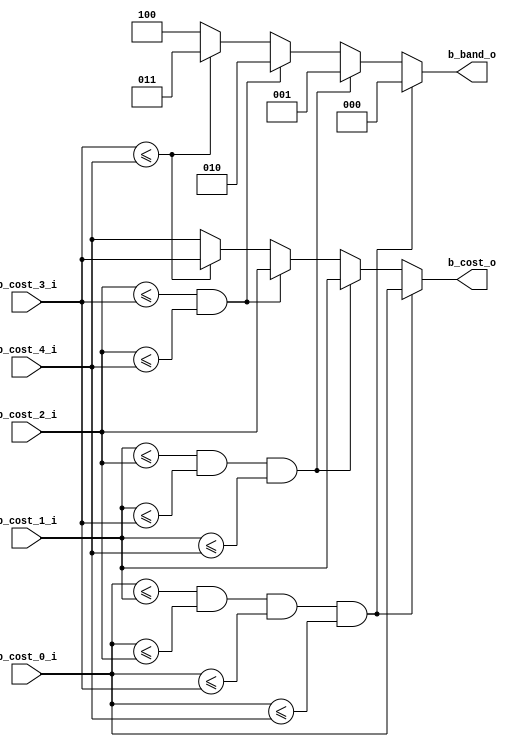
module db_sao_compare_cost(
                            b_cost_0_i     ,
                            b_cost_1_i     ,
                            b_cost_2_i     ,
                            b_cost_3_i     ,
                            b_cost_4_i     ,
                            b_cost_o       ,
                            b_band_o  	   
						);
//---------------------------------------------------------------------------
//                                                                           
//                        INPUT/OUTPUT DECLARATION                           
//                                                                           
//---------------------------------------------------------------------------
parameter DIS_WIDTH     =    25                         ;

input   signed [DIS_WIDTH+2:0 ] b_cost_0_i              ;
input   signed [DIS_WIDTH+2:0 ] b_cost_1_i              ;
input   signed [DIS_WIDTH+2:0 ] b_cost_2_i              ;
input   signed [DIS_WIDTH+2:0 ] b_cost_3_i              ;
input   signed [DIS_WIDTH+2:0 ] b_cost_4_i              ;
output  signed [DIS_WIDTH+2:0 ] b_cost_o                ;
output         [          2:0 ] b_band_o                ;

reg     signed [DIS_WIDTH+2:0 ] b_cost_r                ;
reg            [          2:0 ] b_band_r                ;

wire          b_cost_0lt1_w                             ;
wire          b_cost_0lt2_w                             ;
wire          b_cost_0lt3_w                             ;
wire          b_cost_0lt4_w                             ;

wire          b_cost_1lt2_w                             ;
wire          b_cost_1lt3_w                             ;
wire          b_cost_1lt4_w                             ;

wire          b_cost_2lt3_w                             ;
wire          b_cost_2lt4_w                             ;

wire          b_cost_3lt4_w                             ;


assign        b_cost_0lt1_w =  b_cost_0_i <= b_cost_1_i ;
assign        b_cost_0lt2_w =  b_cost_0_i <= b_cost_2_i ;
assign        b_cost_0lt3_w =  b_cost_0_i <= b_cost_3_i ;
assign        b_cost_0lt4_w =  b_cost_0_i <= b_cost_4_i ;

assign        b_cost_1lt2_w =  b_cost_1_i <= b_cost_2_i ;
assign        b_cost_1lt3_w =  b_cost_1_i <= b_cost_3_i ;
assign        b_cost_1lt4_w =  b_cost_1_i <= b_cost_4_i ;

assign        b_cost_2lt3_w =  b_cost_2_i <= b_cost_3_i ;
assign        b_cost_2lt4_w =  b_cost_2_i <= b_cost_4_i ;

assign        b_cost_3lt4_w =  b_cost_3_i <= b_cost_4_i ;


always @* begin 
    if(b_cost_0lt1_w && b_cost_0lt2_w && b_cost_0lt3_w && b_cost_0lt4_w) begin 
        b_cost_r  =   b_cost_0_i  ;
		b_band_r  =   3'd0        ;   
    end 
    else if(b_cost_1lt2_w && b_cost_1lt3_w && b_cost_1lt4_w ) begin 
        b_cost_r  =   b_cost_1_i  ;
		b_band_r  =   3'd1        ;   
    end 
    else if(b_cost_2lt3_w && b_cost_2lt4_w ) begin
        b_cost_r  =   b_cost_2_i  ;
		b_band_r  =   3'd2        ;   
    end 
    else if(b_cost_3lt4_w) begin 
        b_cost_r  =   b_cost_3_i  ;
		b_band_r  =   3'd3        ;   
    end 
    else begin 
        b_cost_r  =   b_cost_4_i  ;
		b_band_r  =   3'd4        ; 
    end 
end 

assign      b_cost_o   =   b_cost_r   ;
assign      b_band_o   =   b_band_r   ;


endmodule